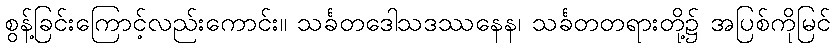
စွန့်ခြင်းကြောင့်လည်းကောင်း။ သင်္ခတဒေါသဒဿနေန၊ သင်္ခတတရားတို့၌ အပြစ်ကိုမြင်